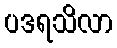
ပဒရသိလာ